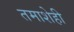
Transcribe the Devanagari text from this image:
तमाशेही